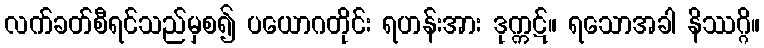
လက်ခတ်စီရင်သည်မှစ၍ ပယောဂတိုင်း ရဟန်းအား ဒုက္ကဋ်။ ရသောအခါ နိဿဂ္ဂိ။